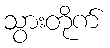
သွားတိုက်